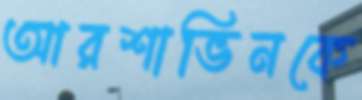
আরশাভিনকে